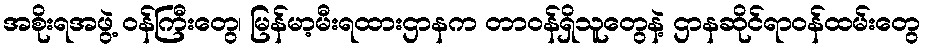
အစိုးရအဖွဲ့ ဝန်ကြီးတွေ၊ မြန်မာ့မီးရထားဌာနက တာဝန်ရှိသူတွေနဲ့ ဌာနဆိုင်ရာဝန်ထမ်းတွေ